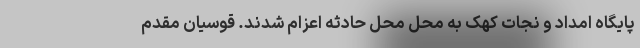
پایگاه امداد و نجات کهک به محل محل حادثه اعزام شدند. قوسیان مقدم